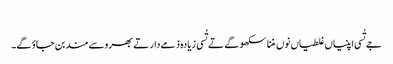
‏
جے تُسی اپنیاں غلطیاں نوں مننا سکھو گے تے تُسی زیادہ ذمےدار تے بھروسےمند بن جاؤ گے۔